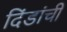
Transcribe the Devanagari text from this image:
दिंडांची